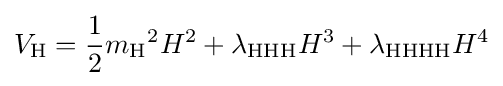
V_{\text{H}}={\frac {1}{2}}{m_{\text{H}}}^{2}H^{2}+\lambda _{\text{HHH}}H^{3}+\lambda _{\text{HHHH}}H^{4}